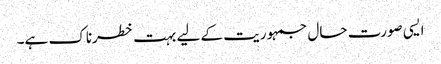
ایسی صورت حال جمہوریت کے لیے بہت خطرناک ہے۔